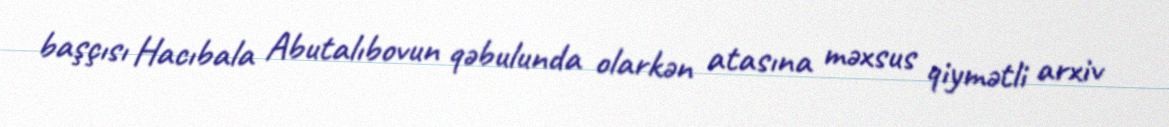
başçısı Hacıbala Abutalıbovun qəbulunda olarkən atasına məxsus qiymətli arxiv